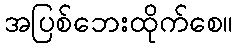
အပြစ်ဘေးထိုက်စေ။